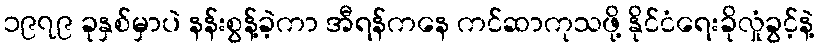
၁၉၇၉ ခုနှစ်မှာပဲ နန်းစွန့်ခဲ့ကာ အီရန်ကနေ ကင်ဆာကုသဖို့ နိုင်ငံရေးခိုလှုံခွင့်နဲ့